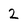
Character: 2